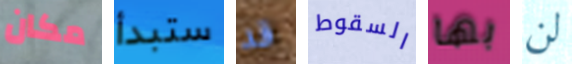
مكان ستبدأ قد السقوط بها لن